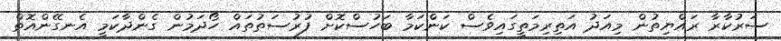
ސަރުކާރާ ރައްޔިތުން މިއަދު އަތިރިމަތީގައިވެސް ކަންކަމާ ބަހުސްކޮށް ފުރުސަތުތައް ހޯދަމުން ގެންދާކަމީ އެނގޭންއޮތް